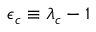
\epsilon _ { c } \equiv \lambda _ { c } - 1